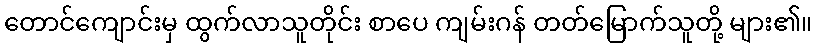
တောင်ကျောင်းမှ ထွက်လာသူတိုင်း စာပေ ကျမ်းဂန် တတ်မြောက်သူတို့ များ၏။